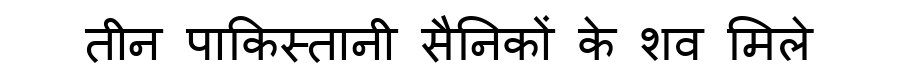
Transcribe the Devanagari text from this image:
तीन पाकिस्तानी सैनिकों के शव मिले